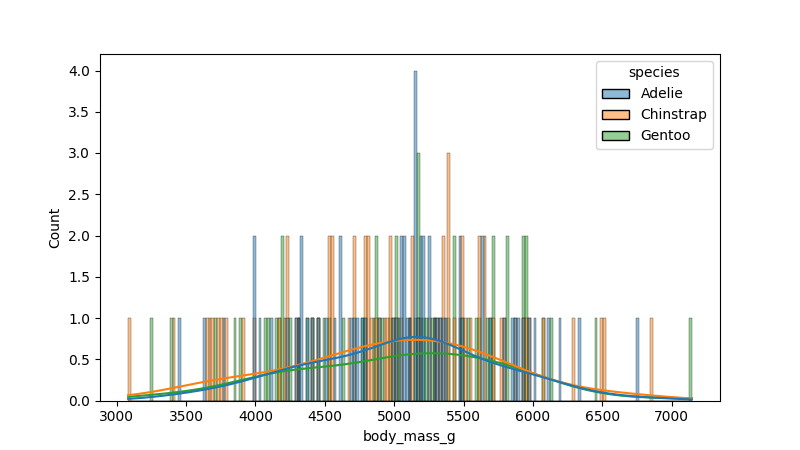
python, seaborn, histplot, hue='species', binwidth=20, bins='20', element='bars'